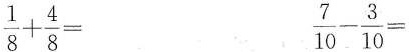
$$\frac { 1 } { 8 } + \frac { 4 } { 8 } =$$ $$\frac { 7 } { 1 0 } - \frac { 3 } { 1 0 } =$$